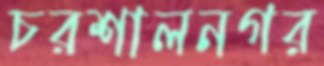
চরশালনগর